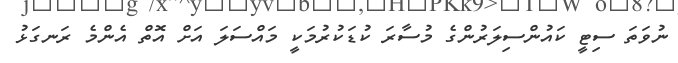
ނުވަތަ ސިޓީ ކައުންސިލަރުންގެ މުސާރަ ކުޑަކުރުމަކީ މައްސަލަ އަށް އޮތް އެންމެ ރަނގަޅު